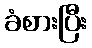
ခံစားပြီး